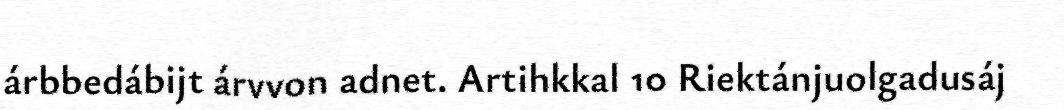
árbbedábijt árvvon adnet. Artihkkal 10 Riektánjuolgadusáj